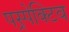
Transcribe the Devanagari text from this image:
पस्र्पेक्टिव